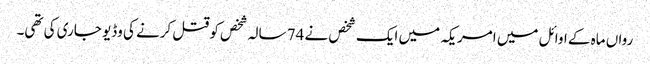
رواں ماہ کے اوائل میں امریکہ میں ایک شخص نے 74 سالہ شخص کو قتل کرنے کی وڈیو جاری کی تھی۔